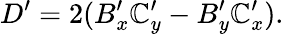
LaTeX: D^{\prime}=2(B_{x}^{\prime}\mathbb{C}_{y}^{\prime}-B_{y}^{\prime}\mathbb{C}_{x}^{\prime}).